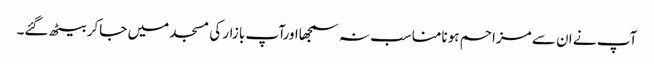
آپ نے ان سے مزاحم ہونامناسب نہ سمجھااورآپ بازار کی مسجد میں جاکر بیٹھ گئے۔